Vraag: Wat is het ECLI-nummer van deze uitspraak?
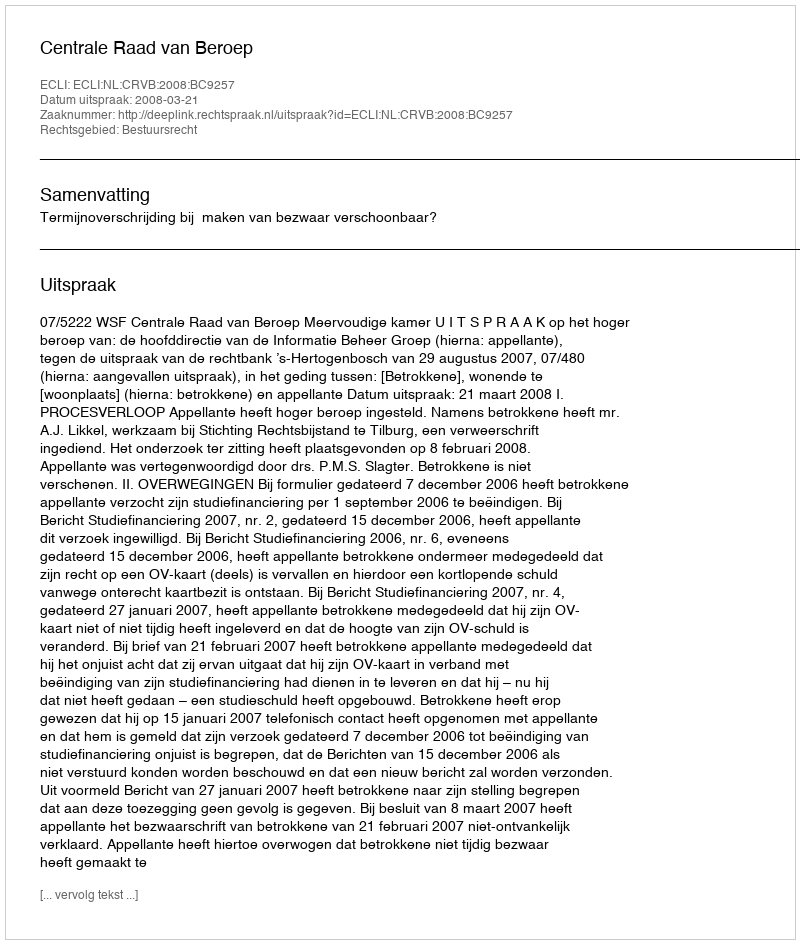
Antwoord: ECLI:NL:CRVB:2008:BC9257